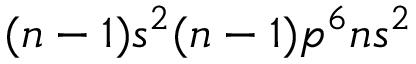
( n - 1 ) s ^ { 2 } ( n - 1 ) p ^ { 6 } { n } s ^ { 2 }